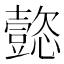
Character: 㦤